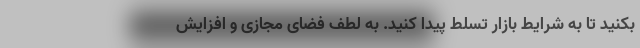
بکنید تا به شرایط بازار تسلط پیدا کنید. به لطف فضای مجازی و افزایش